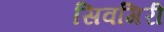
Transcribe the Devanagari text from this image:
सिवगिरी